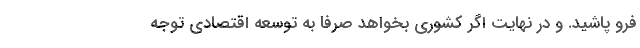
فرو پاشید. و در نهایت اگر کشوری بخواهد صرفا به توسعه اقتصادی توجه